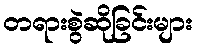
တရားစွဲဆိုခြင်းများ